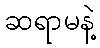
ဆရာမနဲ့